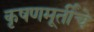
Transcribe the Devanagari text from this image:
कृषणमूर्तींचे